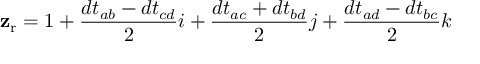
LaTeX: \mathbf { z } _ { \mathrm { { r } } } = 1 + { \frac { d t _ { a b } - d t _ { c d } } { 2 } } i + { \frac { d t _ { a c } + d t _ { b d } } { 2 } } j + { \frac { d t _ { a d } - d t _ { b c } } { 2 } } k